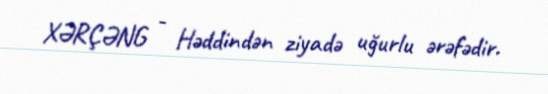
XƏRÇƏNG - Həddindən ziyadə uğurlu ərəfədir.